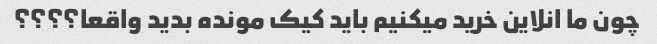
چون ما انلاین خرید میکنیم باید کیک مونده بدید واقعا؟؟؟؟